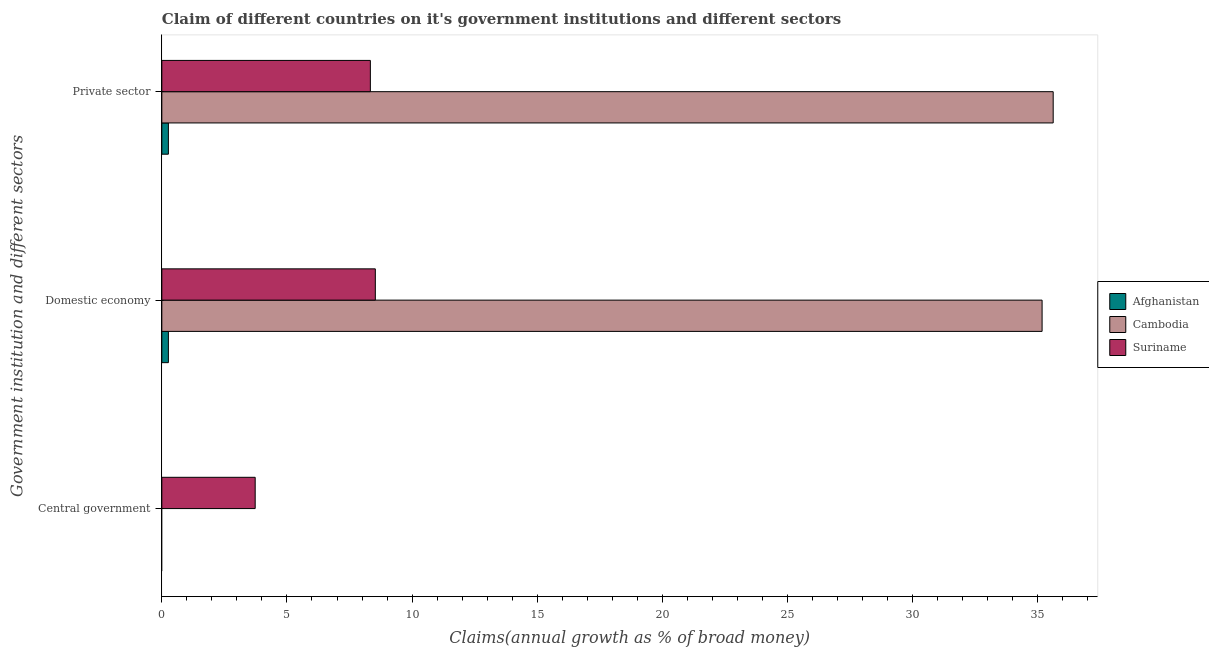
| Government institution and different sectors | Afghanistan | Cambodia | Suriname |
 | --- | --- | --- | --- |
 | Central government | -5.79 | -2.74 | 3.73 |
 | Domestic economy | 0.262 | 35.2 | 8.53 |
 | Private sector | 0.262 | 35.6 | 8.33 |